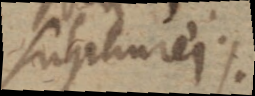
sulphurei.